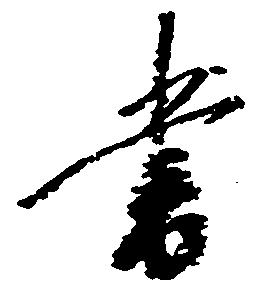
書